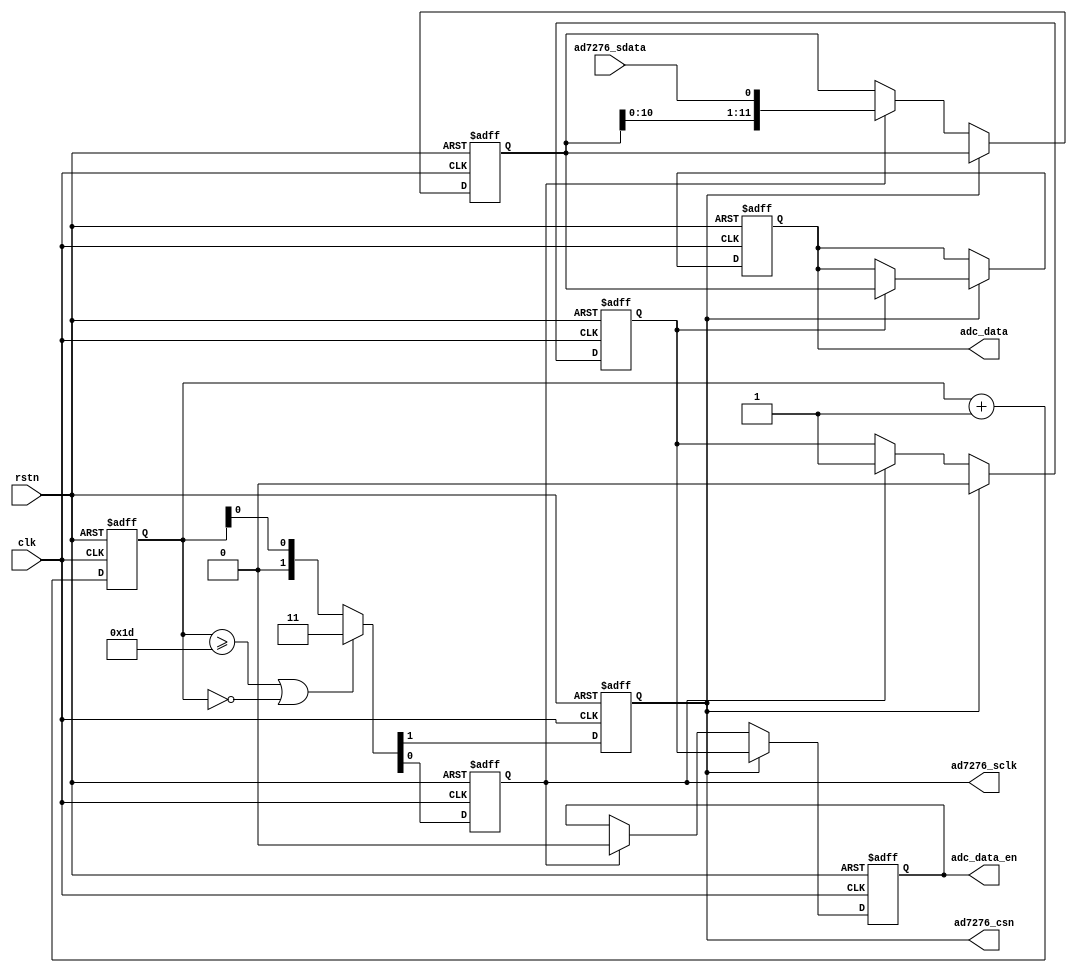
/**
    ==847.5kHz3MspsADC
    ADC2.5425Msps12bit
    
    dsp
*/

module ad7276_read (
    input   rstn,
    input   clk,

    // connect to AD7276BRMZ
    output reg      ad7276_csn,
    output reg      ad7276_sclk,
    input           ad7276_sdata,

    // 12bit ADC data output
    output reg      adc_data_en,
    output reg [11:0] adc_data
);

initial {ad7276_csn, ad7276_sclk} = 2'b11;
initial {adc_data_en, adc_data} = 0;

reg [4:0] cnt = 0;          // frequency division
reg       data_en = 0;
reg [11:0] data = 0;

// cnt runs from 0~31 cyclic
always @(posedge clk or negedge rstn)
    if(~rstn)
        cnt <= 0;
    else
        cnt <= cnt + 5'd1;

always @(posedge clk or negedge rstn)
    if(~rstn)
        {ad7276_csn, ad7276_sclk} <= 2'b11;
    else begin
        if(cnt >= 5'd29 || cnt == 5'd0)
            {ad7276_csn, ad7276_sclk} <= 2'b11;
        else
            {ad7276_csn, ad7276_sclk} <= {1'b0, cnt[0]};    // ADC40.78MHzAD7276B48MHzcnt[0]
    end    

// 14sclkad7276datasheet P10ZERO0

// 81.36MHzADC6
// 16sclk30310140.68MHz16

always @(posedge clk or negedge rstn)
    if(~rstn) begin
        data_en <= 1'b0;
        data    <= 0;
        adc_data_en <= 1'b0;
        adc_data    <= 0;
    end else begin
        if(ad7276_csn) begin            // submit result
            data_en <= 1'b0;
            adc_data_en <= data_en;
            if(data_en) adc_data <= data;
        end else if(ad7276_sclk) begin          // sample at negedge of ad7276_sclk
            data_en <= 1'b1;
            data <= {data[10:0], ad7276_sdata};         // SAR ADC
            adc_data_en <= 1'b0;
        end
    end
endmodule